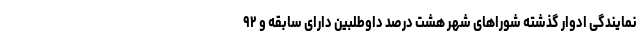
نمایندگی ادوار گذشته شوراهای شهر هشت درصد داوطلبین دارای سابقه و ۹۲